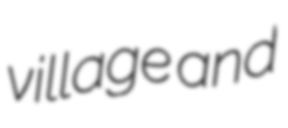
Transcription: village and